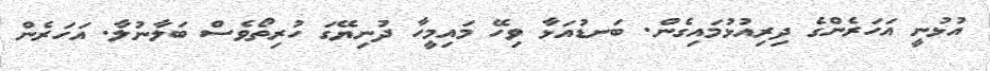
އުޅުނީ އަހަރެންގެ ދިރިއުޅުމައިގެން. ބަނޑުއަޅާ ވިހޭ މައިމީހާ ދުނިޔޭގަ ހުރިތޯވެސް ބަލާނުލާ. އަހަރެން